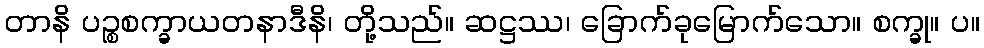
တာနိ ပဉ္စစက္ခာယတနာဒီနိ၊ တို့သည်။ ဆဋ္ဌဿ၊ ခြောက်ခုမြောက်သော။ စက္ခု။ ပ။